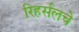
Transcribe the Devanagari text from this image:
रिहर्सलचे